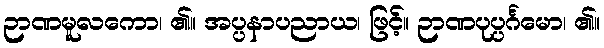
ဉာဏမူလကော၊ ၏။ အပ္ပနာပညာယ၊ ဖြင့်။ ဉာဏပုပ္ပင်္ဂမော၊ ၏။